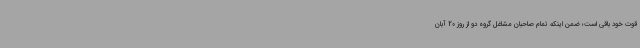
قوت خود باقی است؛ ضمن اینکه تمام صاحبان مشاغل گروه دو از روز 20 آبان